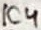
Text: IC4